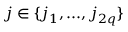
j \in \{ j _ { 1 } , . . . , j _ { 2 q } \}